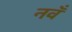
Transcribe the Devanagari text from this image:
नवँ